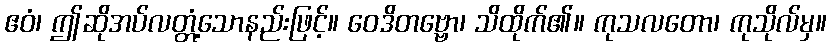
ဧဝံ၊ ဤဆိုအပ်လတ္တံ့သောနည်းဖြင့်။ ဝေဒိတဗ္ဗော၊ သိထိုက်၏။ ကုသလတော၊ ကုသိုလ်မှ။